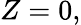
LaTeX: Z=0,